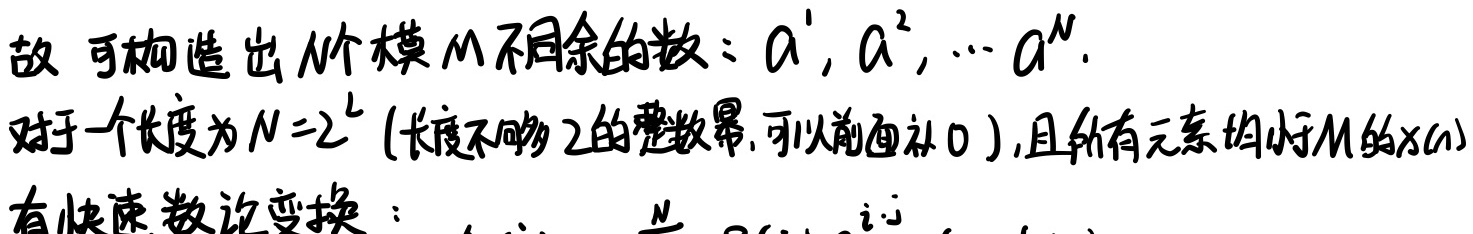
故可构造出$N$个模$M$不同余的数：$a^{1},a^{2},\cdots a^{N}.$
对于一个长度为$N = 2^{L}$(长度不够$2$的整数幂,可以前面补$0$),且所有元素均小于$M$的$x(n)$
有快速数论变换：